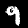
Label: 9